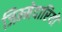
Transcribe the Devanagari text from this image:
जिम्‍मेदारियों